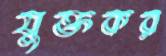
যুক্তকর